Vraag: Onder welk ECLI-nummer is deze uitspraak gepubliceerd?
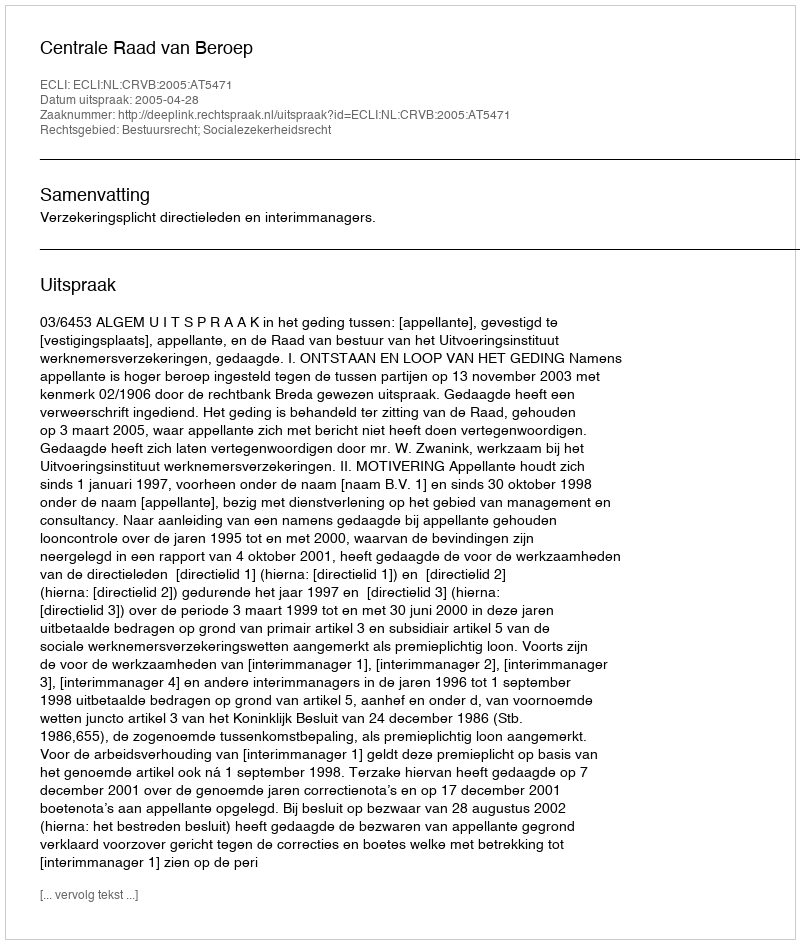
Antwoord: ECLI:NL:CRVB:2005:AT5471